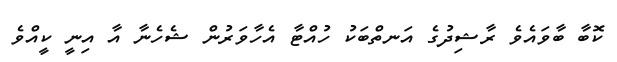
ކޮބާ ބާވައެވެ ރާޝިދުގެ އަނތްބަކު ހުއްޓާ އެހާވަރުން ޝެހެނާ އާ އިނީ ކީއްވެ